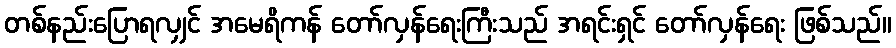
တစ်နည်းပြောရလျှင် အမေရိကန် တော်လှန်ရေးကြီးသည် အရင်းရှင် တော်လှန်ရေး ဖြစ်သည်။